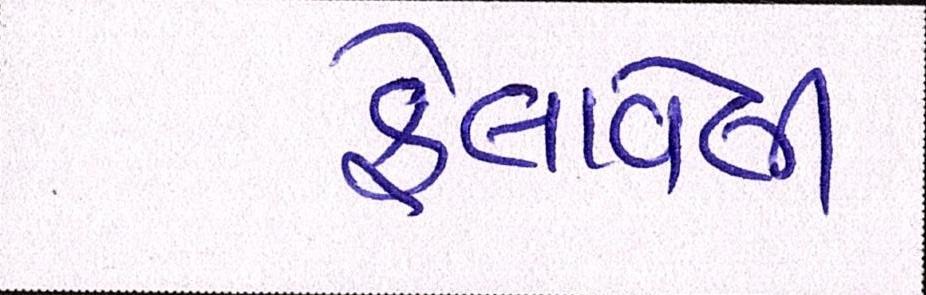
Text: ફેલાવેલી